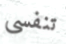
تنفسى